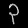
Digit: ၃